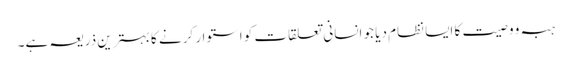
ہبہ و وصیت کا ایسا نظام دیا جو انسانی تعلقات کو استوار کرنے کا بہترین ذریعہ ہے۔